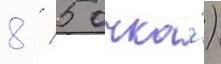
8 / 5 очка́)